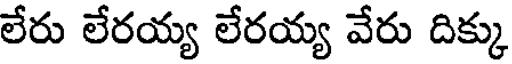
లేరు లేరయ్య లేరయ్య వేరు దిక్కు